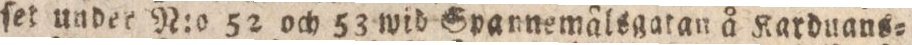
ſet under N:o 52 och 53 wid Spannemålsgatan å Karduans=